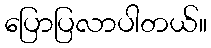
ပြောပြလာပါတယ်။